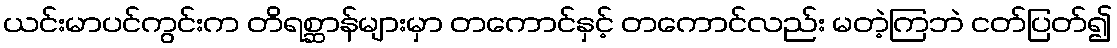
ယင်းမာပင်ကွင်းက တိရစ္ဆာန်များမှာ တကောင်နှင့် တကောင်လည်း မတဲ့ကြဘဲ ငတ်ပြတ်၍